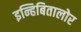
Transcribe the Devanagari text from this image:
इन्हिबितालोर